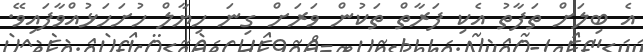
އެ ބިލަށް ތަފާތު އެކި ފަރާތް ތަކުން ވަރަށް ގިނަ ހިޔާލް ހުށަހަޅުއްވާފައިވޭ.